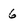
Character: 6